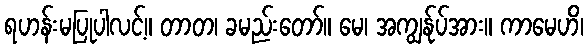
ရဟန်းမပြုပါလင့်။ တာတ၊ ခမည်းတော်။ မေ၊ အကျွန်ုပ်အား။ ကာမေဟိ၊